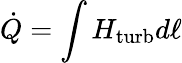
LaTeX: \dot{Q}=\int H_{\mathrm{turb}}d\ell